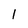
Character: 1